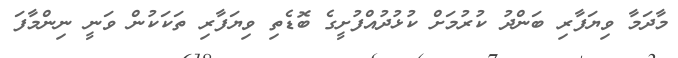
މާދަމާ ވިޔަފާރި ބަންދު ކުރުމަށް ކުޅުދުއްފުށީގެ ބޮޑެތި ވިޔަފާރި ތަކަކުން ވަނީ ނިންމާފަ